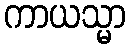
ကာယသ္မာ